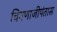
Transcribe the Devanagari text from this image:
चिमणाजीपंतास